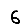
Digit: 6